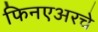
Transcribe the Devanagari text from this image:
फिनएअरचे